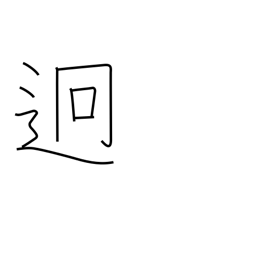
Meaning: far